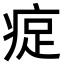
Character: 𪽰